Bombay plague: being a history of the progress of plague in the Bombay presidency from September 1896 to June 1899
Year: 1896
Disease focus: Plague
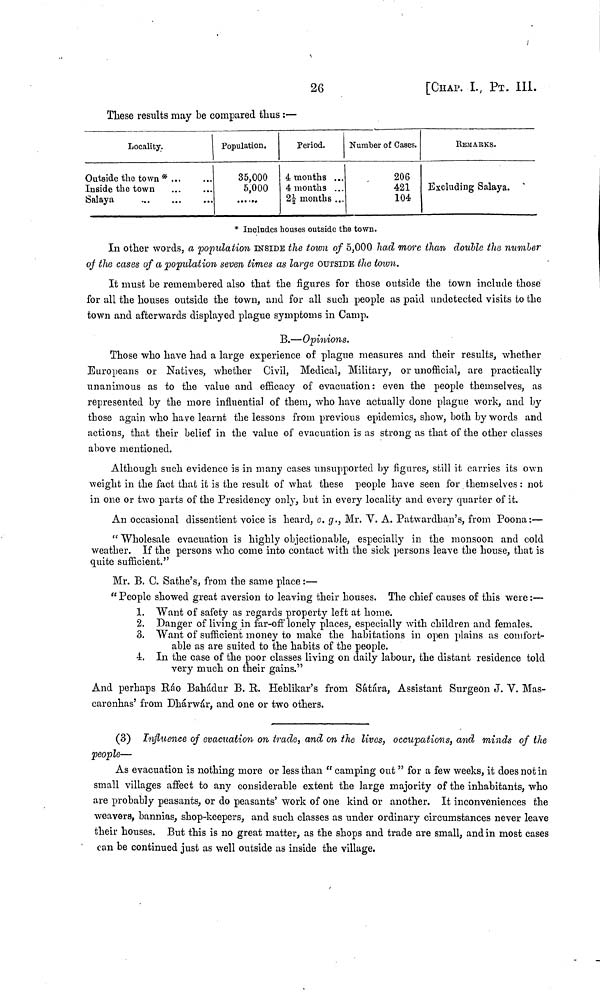
26
[CHAP. I., ΡT. III.
These results may be compared thus :—
Locality.
Outside the town *
Inside the town
Salaya
Population.
35,000
5,000
Period.
4 months ...
4 months ...
2½ months ...
Number of Cases.
206
421
104
REMARKS.
Excluding Salaya.
* Includes houses outside the town.
In other words, a population INSIDE the town of 5,000 had more than double the number
of the cases of a population seven times as large OUTSIDE the town.
It must be remembered also that the figures for those outside the town include those
for all the houses outside the town, and for all such people as paid undetected visits to the
town and afterwards displayed plague symptoms in Camp.
B.—Opinions.
Those who have had a large experience of plague measures and their results, whether
Europeans or Natives, whether Civil, Medical, Military, or unofficial, are practically
unanimous as to the value and efficacy of evacuation: even the people themselves, as
represented by the more influential of them, who have actually done plague work, and by
those again who have learnt the lessons from previous epidemics, show, both by words and
actions, that their belief in the value of evacuation is as strong as that of the other classes
above mentioned.
Although such evidence is in many cases unsupported by figures, still it carries its own
weight in the fact that it is the result of what these people have seen for themselves : not
in one or two parts of the Presidency only, but in every locality and every quarter of it.
An occasional dissentient voice is heard, e. g., Mr. V. A. Patwardhan's, from Poona:—
" Wholesale evacuation is highly objectionable, especially in the monsoon and cold
weather. If the persons who come into contact with the sick persons leave the house, that is
quite sufficient."
Mr. B. C. Sathe's, from the same place :—
" People showed great aversion to leaving their houses. The chief causes of this were :—
1. Want of safety as regards property left at home.
2. Danger of living in far-off lonely places, especially with children and females.
3. Want of sufficient money to make the habitations in open plains as comfort-
able as are suited to the habits of the people.
4. In the case of the poor classes living on daily labour, the distant residence told
very much on their gains."
And perhaps Ráo Bahádur B. R. Heblikar's from Sátára, Assistant Surgeon J. V. Mas-
carenhas' from Dhárwár, and one or two others.
(3) Influence of evacuation on trade, and on the lives, occupations, and minds of the
people—
As evacuation is nothing more or less than " camping out " for a few weeks, it does not in
small villages affect to any considerable extent the large majority of the inhabitants, who
are probably peasants, or do peasants' work of one kind or another. It inconveniences the
weavers, bannias, shop-keepers, and such classes as under ordinary circumstances never leave
their houses. But this is no great matter, as the shops and trade are small, and in most cases
can be continued just as well outside as inside the village.